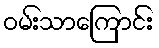
ဝမ်းသာကြောင်း